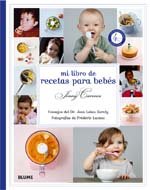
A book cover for Mi libro de recetas para bebes (Spanish Edition); Jenny Carenco; Cookbooks, Food & Wine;